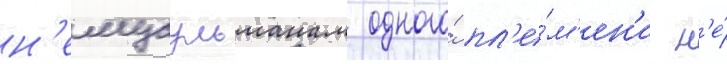
н'емусульманам одного́ пл'е́м'ен'и н'е́